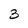
Character: 3